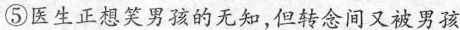
⑤医生正想笑男孩的无知，但转念间又被男孩